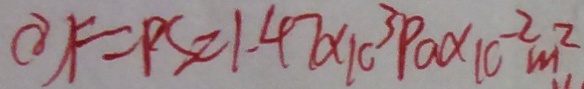
( 8 ) F = P S = 1 . 4 7 \times 1 0 ^ { 3 } P a \times 1 0 ^ { - 2 } m ^ { 2 }